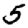
Digit: 5